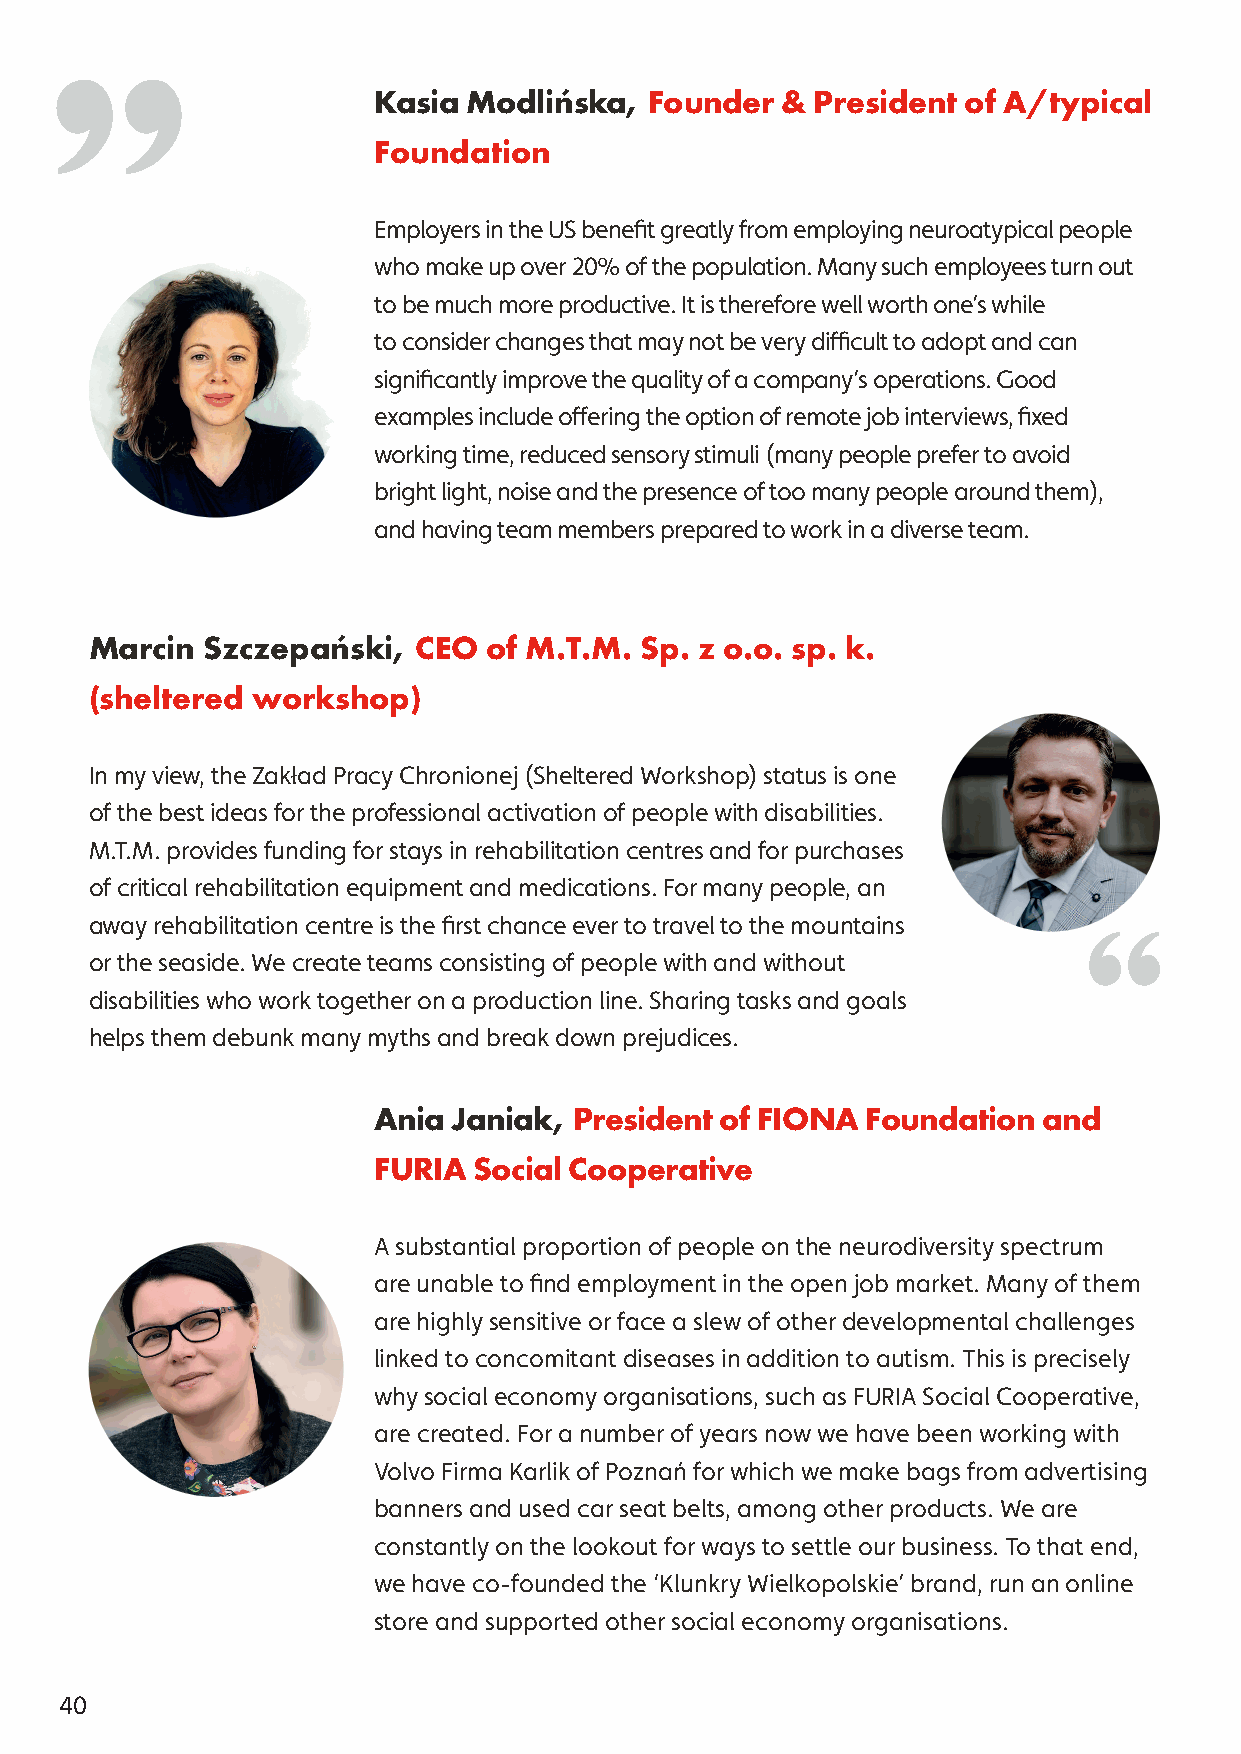
Kasia Modlińska,  Founder  & President of A/typical
 Foundation
 Employers in the US benefit greatly from employing neuroatypical people
 who make up over 20% of the population. Many such employees turn out
 to be much more productive. It is therefore well worth one’s while
 to consider changes that may not be very difficult to adopt and can
 significantly improve the quality of a company’s operations. Good
 examples include offering the option of remote job interviews, fixed
 working time, reduced sensory stimuli (many people prefer to avoid
 bright light, noise and the presence of too many people around them),
 and having team members prepared to work in a diverse team.
 Marcin Szczepański,  CEO  of M.T.M. Sp. z o.o. sp. k.
 (sheltered workshop)
 In my view, the Zakład Pracy Chronionej (Sheltered Workshop) status is one
 of the best ideas for the professional activation of people with disabilities.
 M.T.M. provides funding for stays in rehabilitation centres and for purchases
 of critical rehabilitation equipment and medications. For many people, an
 away rehabilitation centre is the first chance ever to travel to the mountains
 or the seaside. We create teams consisting of people with and without
 disabilities who work together on a production line. Sharing tasks and goals
 helps them debunk many myths and break down prejudices.
 Ania Janiak, President of FIONA Foundation  and
 FURIA Social Cooperative
 A substantial proportion of people on the neurodiversity spectrum
 are unable to find employment in the open job market. Many of them
 are highly sensitive or face a slew of other developmental challenges
 linked to concomitant diseases in addition to autism. This is precisely
 why social economy organisations, such as FURIA Social Cooperative,
 are created. For a number of years now we have been working with
 Volvo Firma Karlik of Poznań for which we make bags from advertising
 banners and used car seat belts, among other products. We are
 constantly on the lookout for ways to settle our business. To that end,
 we have co-founded the ‘Klunkry Wielkopolskie’ brand, run an online
 store and supported other social economy organisations.
 40